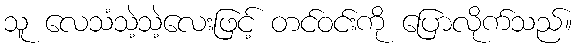
သူ လေသံသဲ့သဲ့လေးဖြင့် တင်ဝင်းကို ပြောလိုက်သည်။